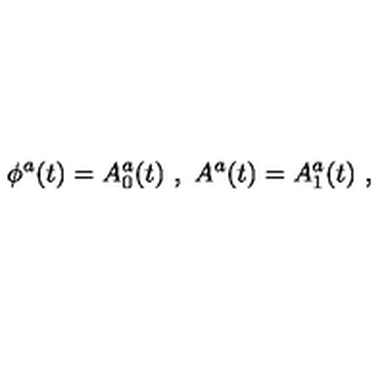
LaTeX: \phi ^ { a } ( t ) = A _ { 0 } ^ { a } ( t ) \ , \ A ^ { a } ( t ) = A _ { 1 } ^ { a } ( t ) \ ,